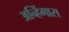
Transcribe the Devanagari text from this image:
अन्हिंगास